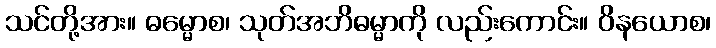
သင်တို့အား။ ဓမ္မောစ၊ သုတ်အဘိဓမ္မာကို လည်းကောင်း။ ဝိနယောစ၊